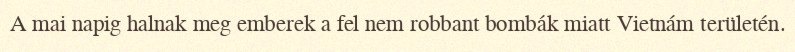
A mai napig halnak meg emberek a fel nem robbant bombák miatt Vietnám területén.